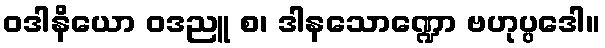
ဝဒါနိယော ဝဒညူ စ၊ ဒါနသောဏ္ဍော ဗဟုပ္ပဒေါ။